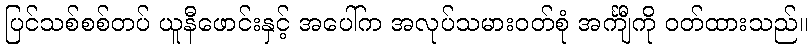
ပြင်သစ်စစ်တပ် ယူနီဖောင်းနှင့် အပေါ်က အလုပ်သမားဝတ်စုံ အင်္ကျီကို ဝတ်ထားသည်။